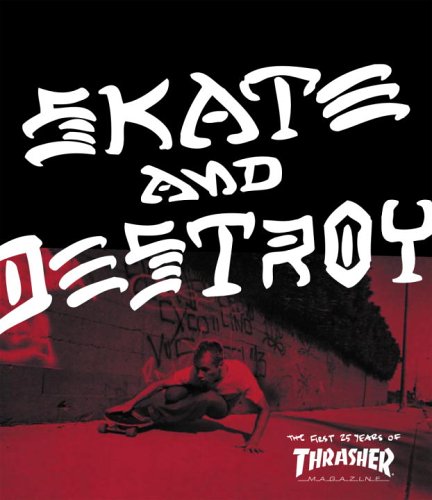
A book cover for Thrasher Skate and Destroy: The First 25 Years of Thrasher Magazine; High Speed Productions; Sports & Outdoors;